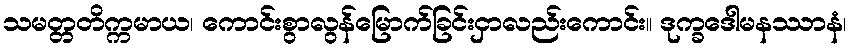
သမတ္တတိက္ကမာယ၊ ကောင်းစွာလွန်မြောက်ခြင်းငှာလည်းကောင်း။ ဒုက္ခဒေါမနဿာနံ၊